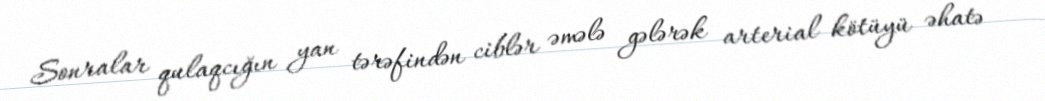
Sonralar qulaqcığın yan tərəfindən ciblər əmələ gələrək arterial kötüyü əhatə